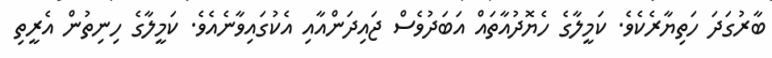
ބާރުގަދަ ހަތިޔާރެކެވެ. ކަމީލާގެ ހެޔޮދުއާތައް އަބަދުވެސް ޖައިދަންއާއި އެކުގައިވާނެއެވެ. ކަމީލާގެ ހިނިތުން އެރީތި